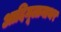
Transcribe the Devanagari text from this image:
आदिमूलानाथर